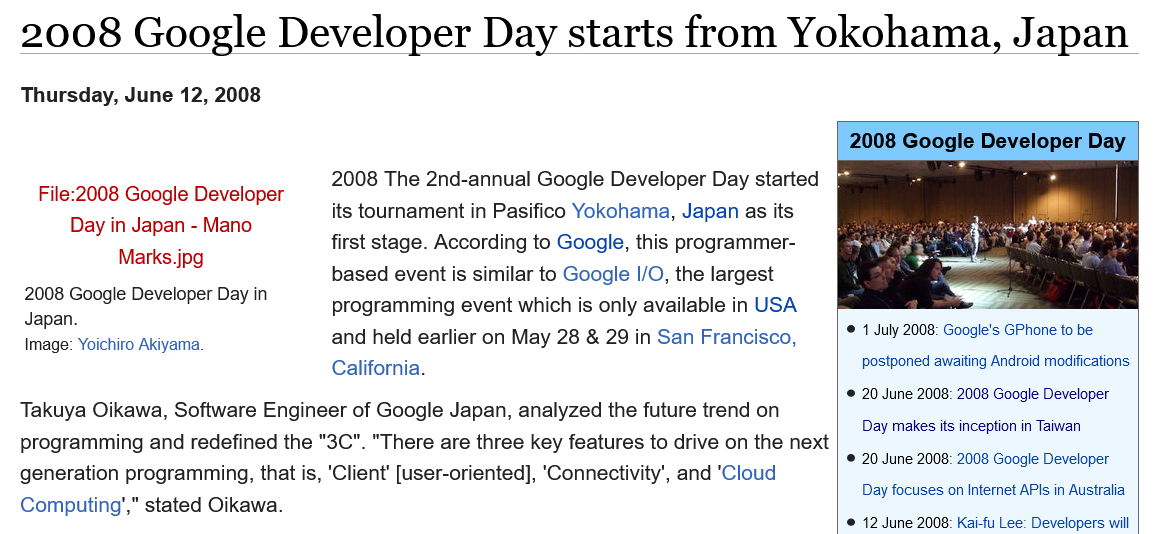
Thursday, June  12, 2008
     2008  The 2nd-annual Google  Developer Day started
     its tournament in Pasifico Yokohama, Japan as its
     first stage. According to Google, this programmer-
     based event is similar to Google |/O, the largest
     programming  event which is only available in USA
     and held earlier on May 28 & 29 in San Francisco,
     California.
   Takuya Oikawa, Software Engineer  of Google Japan, analyzed the future trend on
   programming  and redefined the "3C". "There are three key features to drive on the next
   generation programming, that is, ‘Client’ [user-oriented], ‘Connectivity’, and ‘Cloud
   Computing’," stated Oikawa.
     2008  Google  Developer  Day
     © 1 July 2008: Google's GPhone to be
     postponed awaiting Android modifications
     ‘© 20 June 2008: 2008 Google Developer
     Day makes its inception in Taiwan
     © 20 June 2008: 2008 Google Developer
     Day focuses on Internet APIs in Australia
     © 12 June 2008: Kai-fu Lee: Developers will
   2008 Google Developer Day in
   Japan.
   Image: Yoichiro Akiyama.
     File:2008 Google Developer
     Day in Japan -
     Mano
     Marks. jpg
   2008    Google    Developer    Day    starts    from    Yokohama,    Japan